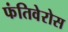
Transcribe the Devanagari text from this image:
फंतिवेरोस